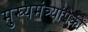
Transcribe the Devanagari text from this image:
मुख्यमंत्र्यांपैकी